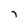
Character: 7